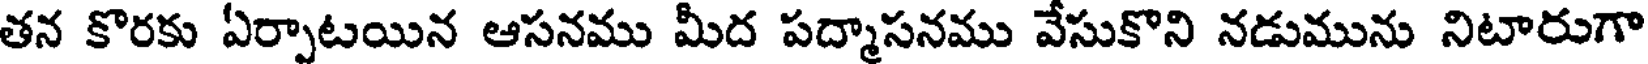
తన కొరకు ఏర్పాటయిన ఆసనము మీద పద్మాసనము వేసుకొని నడుమును నిటారుగా